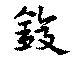
鍑